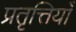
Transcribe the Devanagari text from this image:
प्रतृत्तियाँ